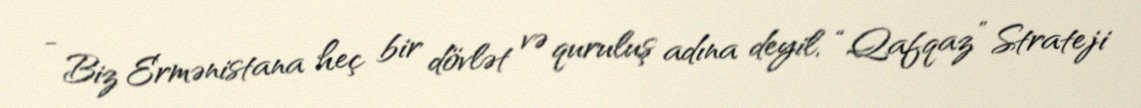
- Biz Ermənistana heç bir dövlət və quruluş adına deyil, “Qafqaz” Strateji